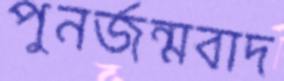
পুনর্জন্মবাদ